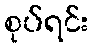
စုပ်ရင်း